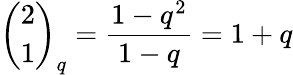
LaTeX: {\binom{2}{1}}_{q}={\frac{1-q^{2}}{1-q}}=1+q